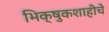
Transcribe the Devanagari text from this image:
भिक्षुकशाहीचे